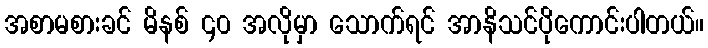
အစာမစားခင် မိနစ် ၄၀ အလိုမှာ သောက်ရင် အာနိသင်ပိုကောင်းပါတယ်။